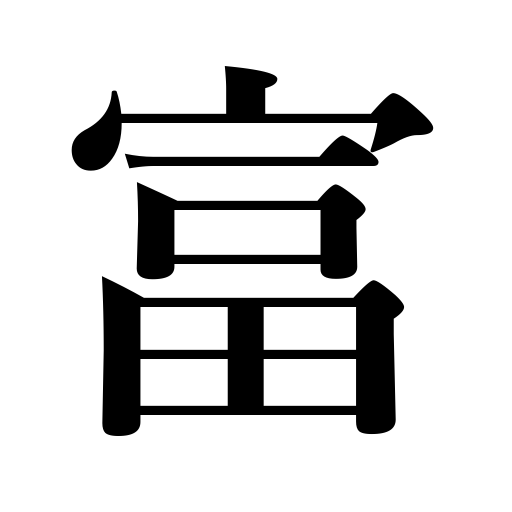
Meanings: abound in,wealth,teem with,be fruitful,lottery,fortune,be rich,enrich,become wealthy,mammon,be rife,resources,be replete